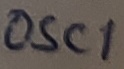
Text: OSC1